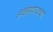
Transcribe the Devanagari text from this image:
अर्थसहाय्यच्या